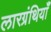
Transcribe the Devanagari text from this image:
लारग्रंथियाँ